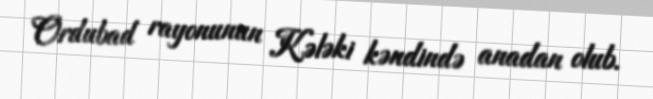
Ordubad rayonunun Kələki kəndində anadan olub.